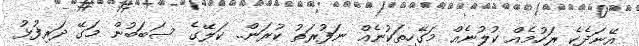
އޭނަދެކެ ރަހުމެއް ކުލުނެއް މަގޭހިތަކުނެއް ނަފުރަތު ކުރަން.. ކަލޭގެ ސަބަބުން މަގޭ ދަރިފުޅު